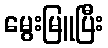
မွေးမြူပြီး